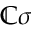
\mathbb { C } \sigma